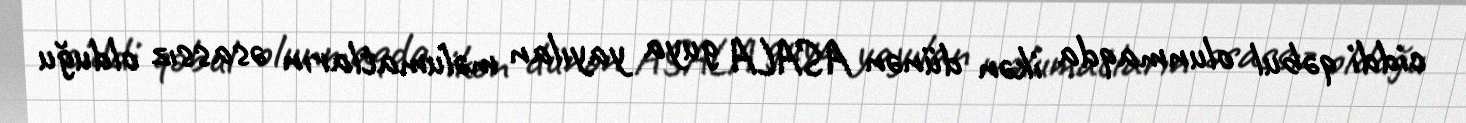
ciddi qəbul olunmaqda ikən dünən ASALA guya yayılan məlumatların əsassız olduğu